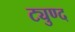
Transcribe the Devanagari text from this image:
ट्युण्द